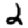
Digit: 2